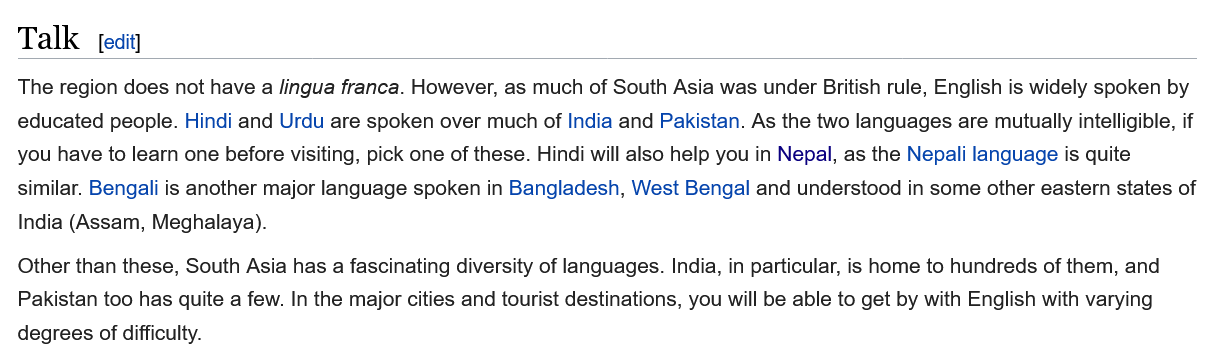
edit]
  The region does not have a lingua franca. However, as much of South Asia was under British rule, English is widely spoken by
  educated people. Hindi and Urdu are spoken over much of India and Pakistan. As the two languages are mutually intelligible, if
  you have to learn one before visiting, pick one of these. Hindi will also help you in Nepal, as the Nepali language is quite
  similar. Bengali is another major language spoken in Bangladesh, West Bengal and understood in some other eastern states of
  India (Assam, Meghalaya).
  Other than these, South Asia has a fascinating diversity of languages. India, in particular, is home to hundreds of them, and
  Pakistan too has quite a few. In the major cities and tourist destinations, you will be able to get by with English with varying
  degrees of difficulty.